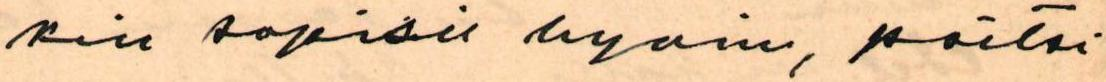
kin sopisi hyvin, paitsi